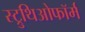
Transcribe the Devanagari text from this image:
स्ट्रुथिओफॉर्म